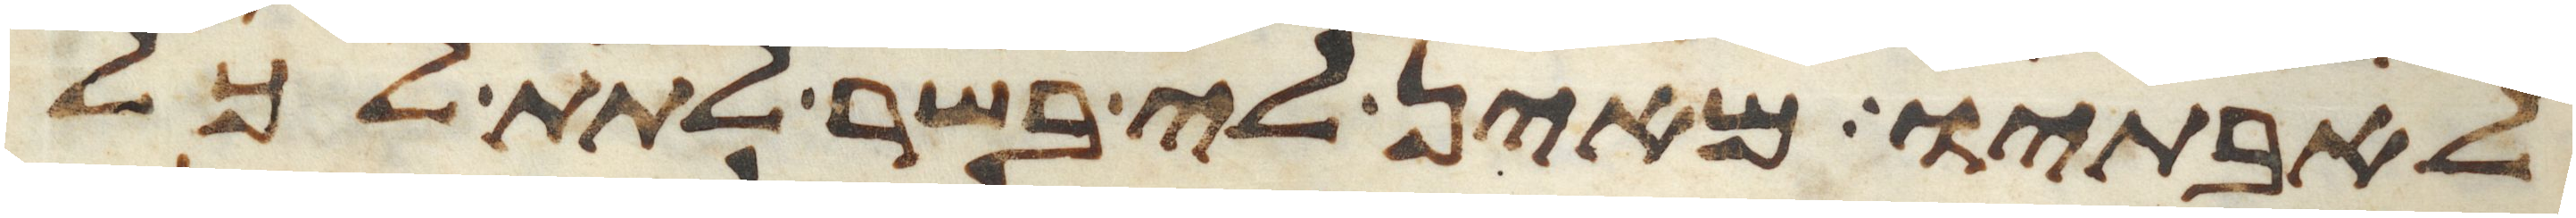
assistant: לאבתיו מאין לי בשר לתת לכל